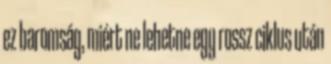
ez baromság, miért ne lehetne egy rossz ciklus után